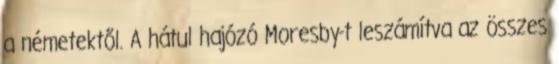
a németektől. A hátul hajózó Moresby-t leszámítva az összes